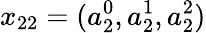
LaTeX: x_{22}=(a_{2}^{0},a_{2}^{1},a_{2}^{2})